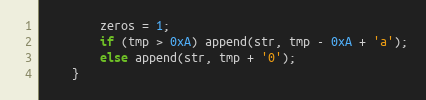
Language: C
        zeros = 1;
        if (tmp > 0xA) append(str, tmp - 0xA + 'a');
        else append(str, tmp + '0');
    }